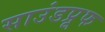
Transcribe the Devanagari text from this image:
साउंडप्रूफ